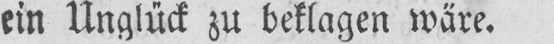
ein Unglück zu beklagen wäre.